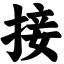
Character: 接